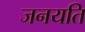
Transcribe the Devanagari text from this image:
जनयति